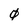
Character: 0